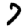
Digit: 7